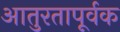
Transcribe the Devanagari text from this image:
आतुरतापूर्वक